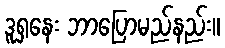
ဒူရှနေး ဘာပြောမည်နည်း။